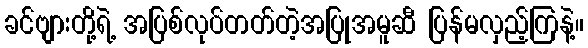
ခင်ဗျားတို့ရဲ့ အပြစ်လုပ်တတ်တဲ့အပြုအမူဆီ ပြန်မလှည့်ကြနဲ့။